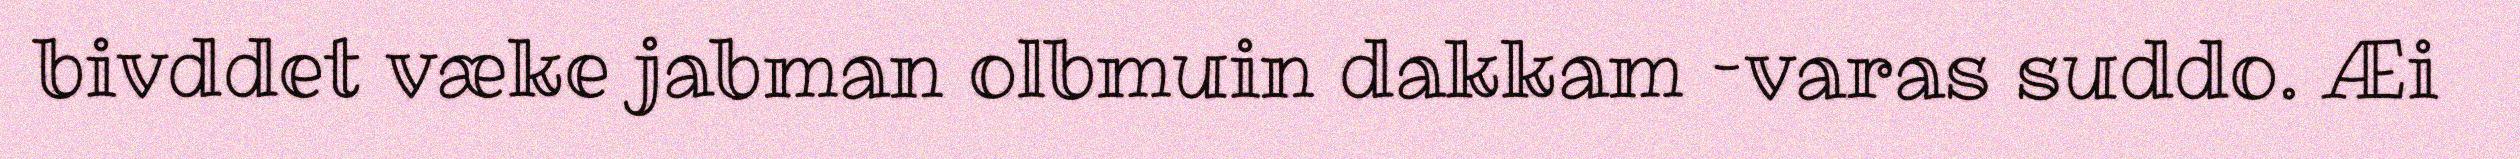
bivddet væke jabman olbmuin dakkam –varas suddo. Æi